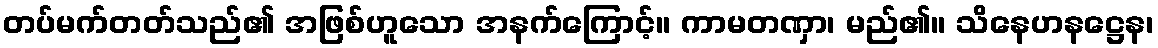
တပ်မက်တတ်သည်၏ အဖြစ်ဟူသော အနက်ကြောင့်။ ကာမတဏှာ၊ မည်၏။ သိနေဟနဋ္ဌေန၊